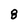
Character: 8